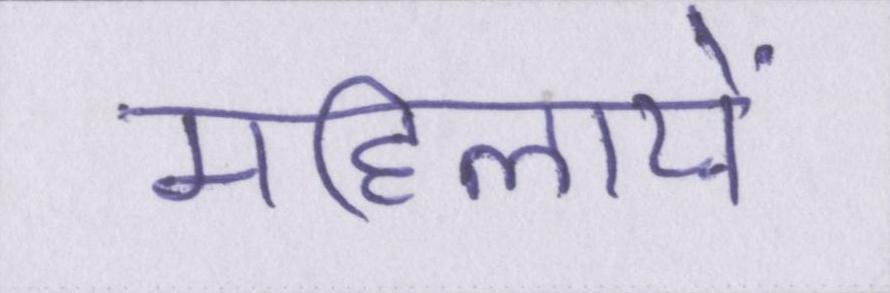
महिलायें